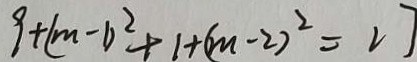
9 + ( m - 1 ) ^ { 2 } + 1 + ( m - 2 ) ^ { 2 } = 2 7